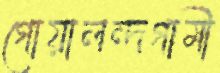
গোয়ালন্দগামী